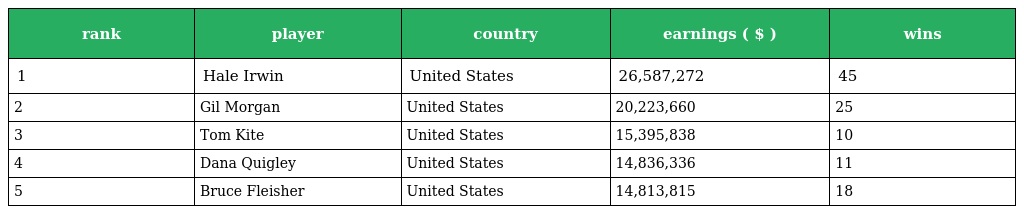
| rank | player | country | earnings ( $ ) | wins |
 | --- | --- | --- | --- | --- |
 | 1 | Hale Irwin | United States | 26,587,272 | 45 |
 | 2 | Gil Morgan | United States | 20,223,660 | 25 |
 | 3 | Tom Kite | United States | 15,395,838 | 10 |
 | 4 | Dana Quigley | United States | 14,836,336 | 11 |
 | 5 | Bruce Fleisher | United States | 14,813,815 | 18 |